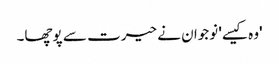
'وہ کیسے' نوجوان نے حیرت سے پوچھا۔